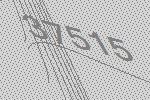
37515